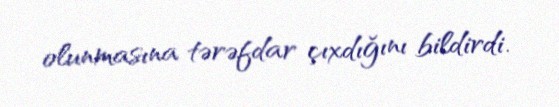
olunmasına tərəfdar çıxdığını bildirdi.